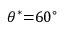
\theta ^ { \ast } { = } 6 0 ^ { \circ }